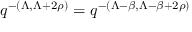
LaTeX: q ^ { - ( \Lambda , \Lambda + 2 \rho ) } = q ^ { - ( \Lambda - \beta , \Lambda - \beta + 2 \rho ) }